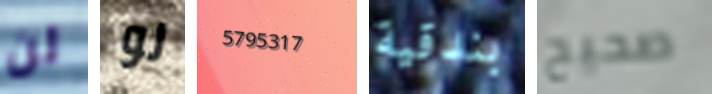
لن لو 5795317 بندقية صحيح